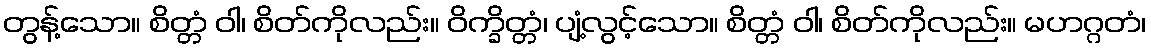
တွန့်သော။ စိတ္တံ ဝါ၊ စိတ်ကိုလည်း။ ဝိက္ခိတ္တံ၊ ပျံ့လွင့်သော။ စိတ္တံ ဝါ၊ စိတ်ကိုလည်း။ မဟဂ္ဂတံ၊